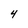
Character: 4